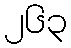
၂၆၃